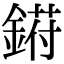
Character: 𬫰